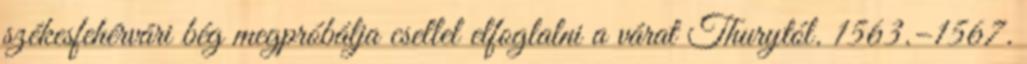
székesfehérvári bég megpróbálja csellel elfoglalni a várat Thurytól. 1563.–1567.